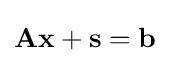
\mathbf {A} \mathbf {x} +\mathbf {s} =\mathbf {b}